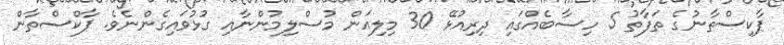
ޕާކިސްތާނުގެ ތަފާތު 5 ހިސާބެއްގައި ދިރިއުޅޭ 30 މިލިއަން މުސްލިމުންނާއި ގުޅުވައިގެންނެވެ. ޕާކްސްތާން